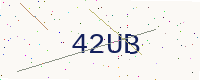
Text: 42UB